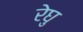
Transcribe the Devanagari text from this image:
रेघु